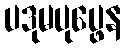
ပဒုမပုပ္ဖေန